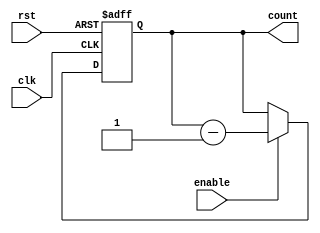
module binary_down_counter_with_enable (
    input wire clk,
    input wire rst,
    input wire enable,
    output reg [3:0] count
);

always @(posedge clk or posedge rst) begin
    if (rst) begin
        count <= 4'b1111;
    end else if (enable) begin
        count <= count - 1;
    end
end

endmodule